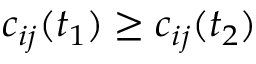
c _ { i j } ( t _ { 1 } ) \geq c _ { i j } ( t _ { 2 } )